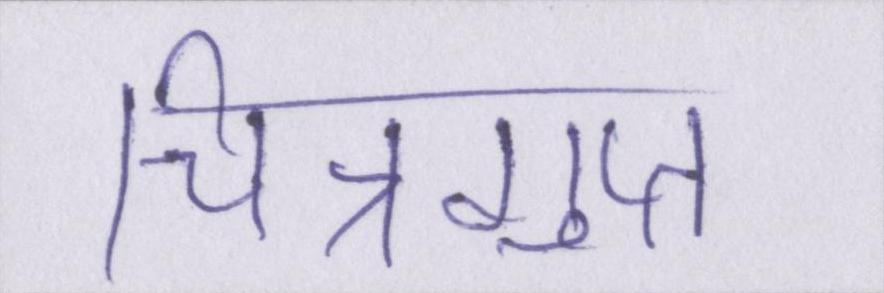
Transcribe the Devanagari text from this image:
चित्रगुप्त